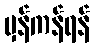
မှန်ကန်ရန်